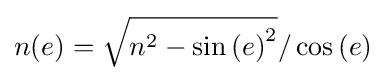
n(e)={\sqrt {n^{2}-\sin \left(e\right)^{2}}}/\cos \left(e\right)